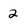
Character: 2